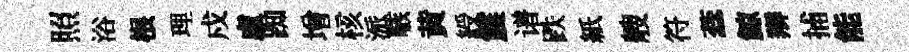
照浴根理戍盧踟增核派嗾黄綬震谱跌紙艘符蕊鯨辫捕能